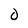
Character: 0